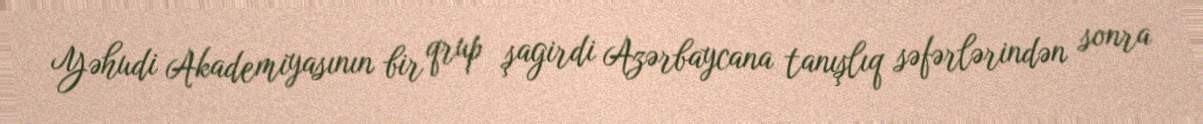
Yəhudi Akademiyasının bir qrup şagirdi Azərbaycana tanışlıq səfərlərindən sonra